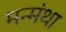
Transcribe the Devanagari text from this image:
मन्मंथा